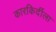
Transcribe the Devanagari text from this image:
कारकिर्दीला